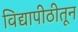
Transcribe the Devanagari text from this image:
विद्यापीठीतून